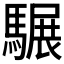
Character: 𩥇